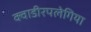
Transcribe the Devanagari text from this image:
क्वाडीरपलेगिया